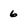
Character: 6